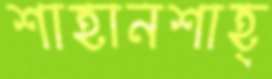
শাহানশাহ্‌